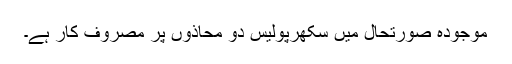
موجودہ صورتحال میں سکھرپولیس دو محاذوں پر مصروف کار ہے۔